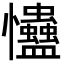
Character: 𢦃